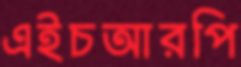
এইচআরপি